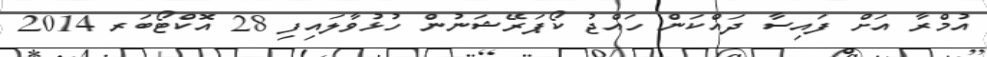
އުމްރާ އަށް ފައިސާ ދައްކަން ހައްޖު ކޯޕަރޭޝަނުން ހުޅުވާލައިފި 28 އޮކްޓޯބަރ 2014